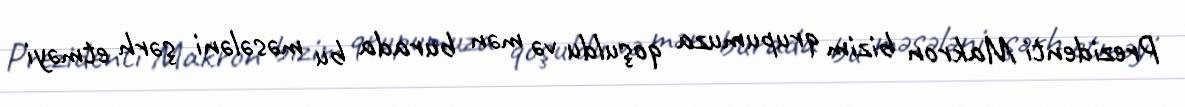
Prezidenti Makron bizim qrupumuza qoşuldu və mən burada bu məsələni şərh etməyi